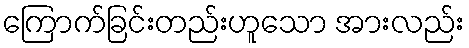
ကြောက်ခြင်းတည်းဟူသော အားလည်း